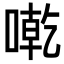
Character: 𠼳